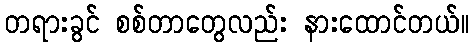
တရားခွင် စစ်တာတွေလည်း နားထောင်တယ်။